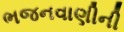
ભજનવાણીની